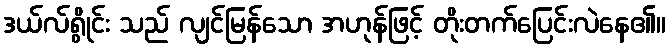
ဒယ်လ်ရွိုင်း သည် လျင်မြန်သော အဟုန်ဖြင့် တိုးတက်ပြေင်းလဲနေ၏။